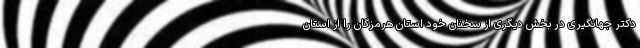
دکتر جهانگیری در بخش دیگری از سخنان خود استان هرمزگان را از استان